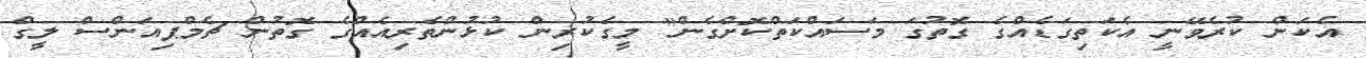
އެކަން ކުރެވޭނީ އެކަތިގަޑެއްގެ ގޮތުގަ މަސައްކަތްކޮށްގެން" މީގެކުރިން ކުޅުންތެރިއެއްގެ ގޮތުން ޗެމްޕިއަންސް ލީގް